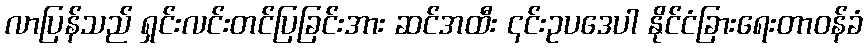
လာပြန်သည် ရှင်းလင်းတင်ပြခြင်းအား ဆင်အထီး ၎င်းဥပဒေပါ နိုင်ငံခြားရေးတာဝန်ခံ